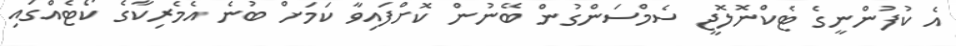
އެ ކުފުންނީގެ ޓެކްނޮލޮޖީ ސެމްސަންގުން ބޭނުން ކޮށްފައިވާ ކަމަށް ބުނެ އެމެރިކާގެ ކޯޓެއްގައި